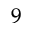
^ 9